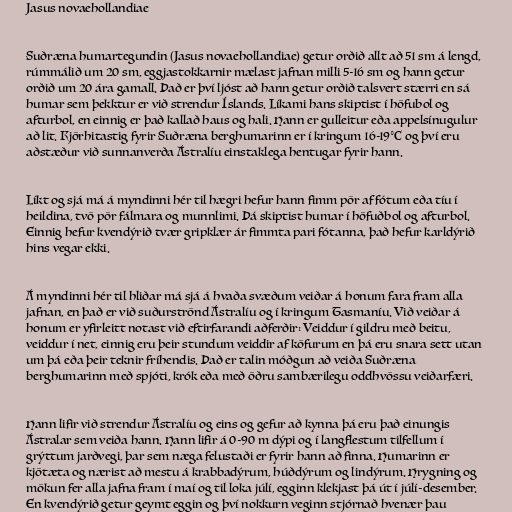
Jasus novaehollandiae

Suðræna humartegundin (Jasus novaehollandiae) getur orðið allt að 51 sm á lengd,
rúmmálið um 20 sm, eggjastokkarnir mælast jafnan milli 5-16 sm og hann getur
orðið um 20 ára gamall. Það er því ljóst að hann getur orðið talsvert stærri en sá
humar sem þekktur er við strendur Íslands. Líkami hans skiptist í höfubol og
afturbol, en einnig er það kallað haus og hali. Hann er gulleitur eða appelsínugulur
að lit. Kjörhitastig fyrir Suðræna berghumarinn er í kringum 16-19°C og því eru
aðstæður við sunnanverða Ástralíu einstaklega hentugar fyrir hann.

Líkt og sjá má á myndinni hér til hægri hefur hann fimm pör af fótum eða tíu í
heildina, tvö pör fálmara og munnlimi. Þá skiptist humar í höfuðbol og afturbol.
Einnig hefur kvendýrið tvær gripklær ár fimmta pari fótanna, það hefur karldýrið
hins vegar ekki.

Á myndinni hér til hliðar má sjá á hvaða svæðum veiðar á honum fara fram alla
jafnan, en það er við suðurströnd Ástralíu og í kringum Tasmaníu. Við veiðar á
honum er yfirleitt notast við eftirfarandi aðferðir: Veiddur í gildru með beitu,
veiddur í net, einnig eru þeir stundum veiddir af köfurum en þá eru snara sett utan
um þá eða þeir teknir fríhendis. Það er talin móðgun að veiða Suðræna
berghumarinn með spjóti, krók eða með öðru sambærilegu oddhvössu veiðarfæri.

Hann lifir við strendur Ástralíu og eins og gefur að kynna þá eru það einungis
Ástralar sem veiða hann. Hann lifir á 0-90 m dýpi og í langflestum tilfellum í
grýttum jarðvegi, þar sem næga felustaði er fyrir hann að finna. Humarinn er
kjötæta og nærist að mestu á krabbadýrum, húðdýrum og lindýrum. Hrygning og
mökun fer alla jafna fram í maí og til loka júlí, egginn klekjast þá út í júlí-desember.
En kvendýrið getur geymt eggin og því nokkurn veginn stjórnað hvenær þau